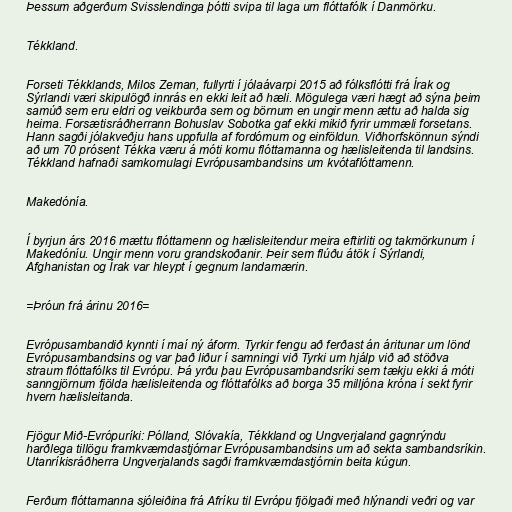
Þessum aðgerðum Svisslendinga þótti svipa til laga um flóttafólk í Danmörku.

Tékkland.

Forseti Tékklands, Milos Zeman, fullyrti í jólaávarpi 2015 að fólksflótti frá Írak og
Sýrlandi væri skipulögð innrás en ekki leit að hæli. Mögulega væri hægt að sýna þeim
samúð sem eru eldri og veikburða sem og börnum en ungir menn ættu að halda sig
heima. Forsætisráðherrann Bohuslav Sobotka gaf ekki mikið fyrir ummæli forsetans.
Hann sagði jólakveðju hans uppfulla af fordómum og einföldun. Viðhorfskönnun sýndi
að um 70 prósent Tékka væru á móti komu flóttamanna og hælisleitenda til landsins.
Tékkland hafnaði samkomulagi Evrópusambandsins um kvótaflóttamenn.

Makedónía.

Í byrjun árs 2016 mættu flóttamenn og hælisleitendur meira eftirliti og takmörkunum í
Makedóníu. Ungir menn voru grandskoðanir. Þeir sem flúðu átök í Sýrlandi,
Afghanistan og Írak var hleypt í gegnum landamærin.

=Þróun frá árinu 2016=

Evrópusambandið kynnti í maí ný áform. Tyrkir fengu að ferðast án áritunar um lönd
Evrópusambandsins og var það liður í samningi við Tyrki um hjálp við að stöðva
straum flóttafólks til Evrópu. Þá yrðu þau Evrópusambandsríki sem tækju ekki á móti
sanngjörnum fjölda hælisleitenda og flóttafólks að borga 35 milljóna króna í sekt fyrir
hvern hælisleitanda.

Fjögur Mið-Evrópuríki: Pólland, Slóvakía, Tékkland og Ungverjaland gagnrýndu
harðlega tillögu framkvæmdastjórnar Evrópusambandsins um að sekta sambandsríkin.
Utanríkisráðherra Ungverjalands sagði framkvæmdastjórnin beita kúgun.

Ferðum flóttamanna sjóleiðina frá Afríku til Evrópu fjölgaði með hlýnandi veðri og var